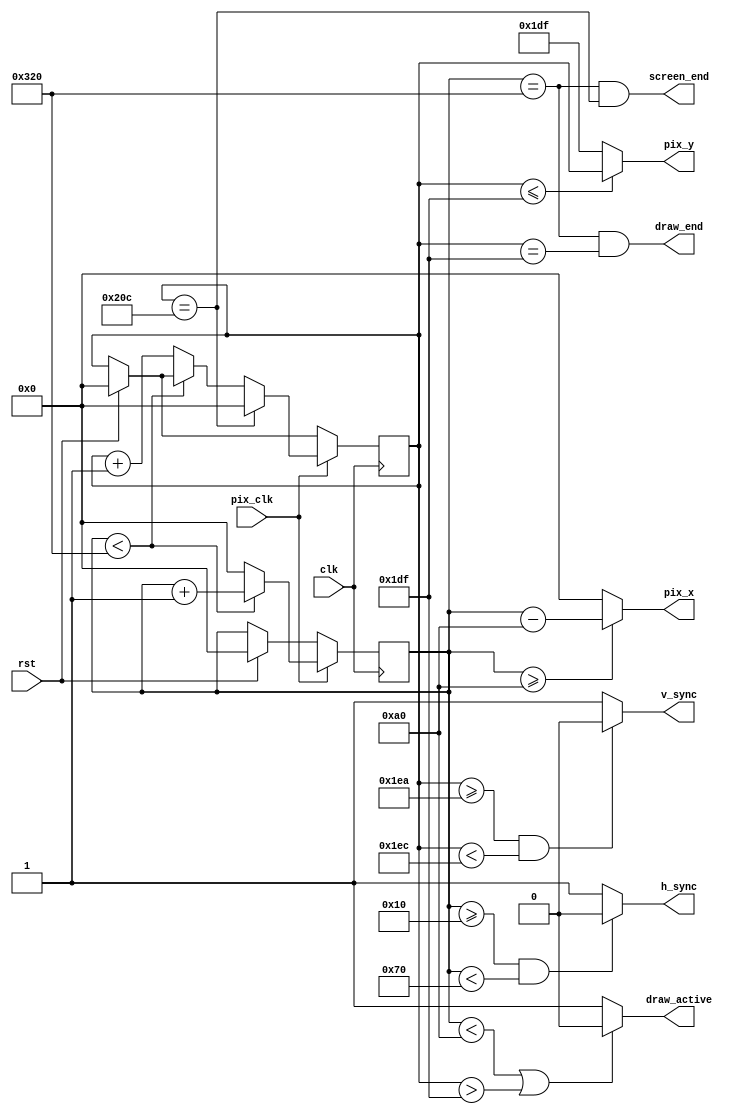
module pixel_itr(
    input wire clk,
    input wire pix_clk,
    input wire rst,
    output wire [9:0] pix_x,
    output wire [9:0] pix_y,
    output wire h_sync,
    output wire v_sync,
    output wire draw_active,
    output wire screen_end,
    output wire draw_end
    );
	 
	// FOR 800 X 600
    // parameter h_sync_strt = 56;          
    // parameter h_sync_end  = 56 + 120;         
    // parameter v_sync_strt = 600 + 37;        
    // parameter v_sync_end  = 600 + 37 + 6;   
    // parameter h_draw_min  = 56 + 120 + 64;   
    // parameter v_draw_max  = 600 - 1;            
    // parameter h_max = 1040;           
    // parameter v_max = 666 - 1;
	 
	// FOR 640 X 480
    parameter h_sync_strt = 16;          
    parameter h_sync_end  = 16 + 96;         
    parameter v_sync_strt = 480 + 10;        
    parameter v_sync_end  = 480 + 10 + 2;   
    parameter h_draw_min  = 16 + 96 + 48;   
    parameter v_draw_max  = 480 - 1;            
    parameter h_max = 800;           
    parameter v_max = 525 - 1;

    reg [9:0] h_pos=0;
	 reg [9:0] v_pos=0; 
	
    // --------------- SYNC SIGNALS BLOCK ---------------
    assign h_sync = (h_pos >= h_sync_strt && h_pos < h_sync_end) ? 0 : 1;
    assign v_sync = (v_pos >= v_sync_strt && v_pos < v_sync_end) ? 0 : 1;
    // --------------------------------------------------
		
	// -------------- PIXEL POSITION BLOCK --------------
    // assign pix_x = (h_pos >= h_draw_min) ? h_pos : 0;        
    assign pix_x = (h_pos >= h_draw_min) ? h_pos - h_draw_min : 0;        
	 assign pix_y = (v_pos <= v_draw_max) ? v_pos : v_draw_max;        
    // --------------------------------------------------

    // -------- BLANKING / DRAWING PERIOD BLOCK ---------
    assign draw_active = (h_pos < h_draw_min | v_pos > v_draw_max) ? 0 : 1;
    // --------------------------------------------------

    // ----------------- LIMITS BLOCK -------------------
    assign screen_end = (h_pos == h_max & v_pos == v_max);
    assign draw_end = (h_pos == h_max & v_pos == v_draw_max);
    // --------------------------------------------------
    
    // ------------------ MAIN BLOCK --------------------
    always @ (posedge clk) begin
        if (rst) begin
            h_pos <= 0; 
            v_pos <= 0;
        end

        if(pix_clk) begin
            if (h_pos < h_max) begin
                h_pos <= h_pos + 1; 
            end
            else begin
                h_pos <= 0;
                v_pos <= v_pos + 1;
            end

            if (v_pos == v_max) begin
                    v_pos <= 0;
            end
        end
    end
    // --------------------------------------------------

endmodule

//////////////////////////////////////////////////////////////////////////////////

module screen_design(
	input clk,
	input rst,
	output h_sync,
	output v_sync,
	output r_out,
	output g_out,
	output b_out
);

//---------------GENERATING PIXEL CLOCK----------------------
reg count = 0, pix_clk = 0;

always @(posedge clk) begin
	
	if (rst == 1) begin
		count <= 0;
		pix_clk <= 0;
	end 
	if (count == 1) begin
		pix_clk <= 1;
		count <= 0;
	end 
	else begin
		pix_clk <= 0;
		count <= count + 1;

	end
end

//-----------------------------------------------------------

//-------------GETTING CURRENT PIXEL COORDINATES-------------
wire [9:0] pix_x;
wire [9:0] pix_y;

pixel_itr show(
	.clk(clk),
   .pix_clk(pix_clk),
	.rst(rst),
	.pix_x(pix_x),
	.pix_y(pix_y),
	.h_sync(h_sync),
	.v_sync(v_sync)
);
//-----------------------------------------------------------

//----------GENERATING WINDOWS LOGO(4 SQUARES)---------------

wire win1, win2, win3, win4;

//assign win1 = (pix_y > 400) & (pix_y < 450);
//assign win2 = (pix_x > 620) & (pix_x < 630);
//assign win3 = (pix_x > 20) & (pix_x< 640); 
//becomes a 853x480 display on 16:9

assign r_out = win1;
assign g_out = win2;
assign b_out = win3;

//-----------------------------------------------------------


endmodule